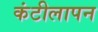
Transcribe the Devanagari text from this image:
कंटीलापन